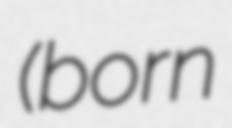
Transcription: (born